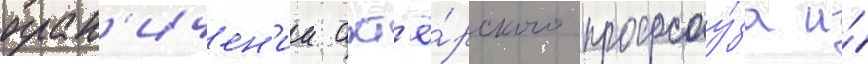
огран'ичен'ии акт'ё́рского профсоу́за и́